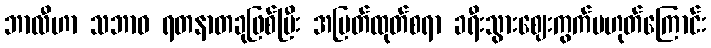
ဘာလီဟာ သဘာဝ ရတနာတခုဖြစ်ပြီး အမြတ်ထုတ်စရာ ခရီးသွားဈေးကွက်မဟုတ်ကြောင်း